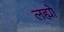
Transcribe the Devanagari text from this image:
लह्यो